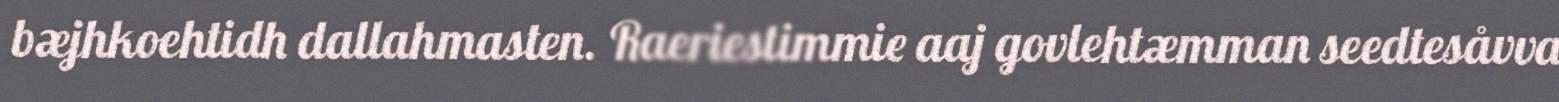
bæjhkoehtidh dallahmasten. Raeriestimmie aaj govlehtæmman seedtesåvva